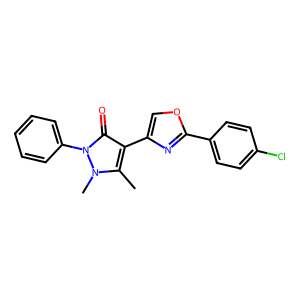
SMILES: Cc1c(-c2coc(-c3ccc(Cl)cc3)n2)c(=O)n(-c2ccccc2)n1C
Inhibits HIV replication: No